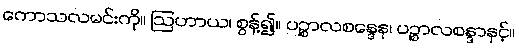
ကောသလမင်းကို။ ဩဟာယ၊ စွန့်၍။ ပဉ္စာလစန္ဒေန၊ ပဉ္စာလစန္ဒာနှင့်။